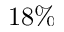
1 8 \%